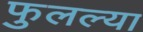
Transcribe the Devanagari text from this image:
फुलल्या